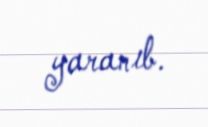
yaranıb.